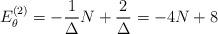
LaTeX: \begin{align*}E_{\theta}^{(2)}=-\frac{1}{\Delta}N+\frac{2}{\Delta}=-4N+8\end{align*}